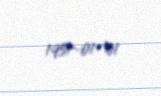
1951-01-01